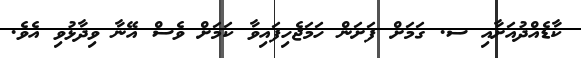
ކާޑެއްދުއަށާއި ސ. ގަމަށް ފަށަން ހަމަޖެހިފައިވާ ކަމަށް ވެސް އޭނާ ވިދާޅުވި އެވެ.